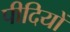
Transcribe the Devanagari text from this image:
पीदियों